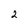
Character: 2